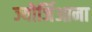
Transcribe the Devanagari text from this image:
ज्योर्जिआना